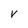
Character: V